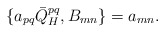
\begin{align*}\{a_{pq}\bar{Q}_{H}^{pq},B_{mn}\} = a_{mn}.\end{align*}